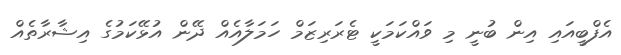
އެފްބީއައި އިން ބުނީ މި ވައްކަމަކީ ޓެރަރިޒަމް ހަމަލާއެއް ދޭން އުޅޭކަމުގެ އިޝާރާތެއް